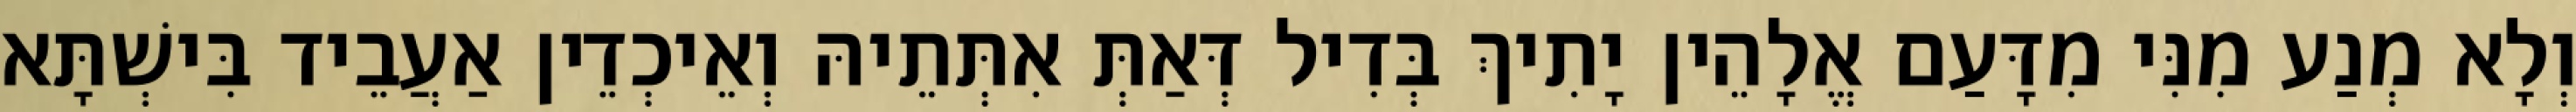
וְלָא מְנַע מִנִּי מִדָּעַם אֱלָהֵין יָתִיךְ בְּדִיל דְּאַתְּ אִתְּתֵיהּ וְאֵיכְדֵין אַעֲבֵיד בִּישְׁתָּא